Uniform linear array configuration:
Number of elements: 32
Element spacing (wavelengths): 1
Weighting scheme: binomial
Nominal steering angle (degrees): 0
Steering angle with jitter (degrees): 1.041
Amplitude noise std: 0.05
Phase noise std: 0.05

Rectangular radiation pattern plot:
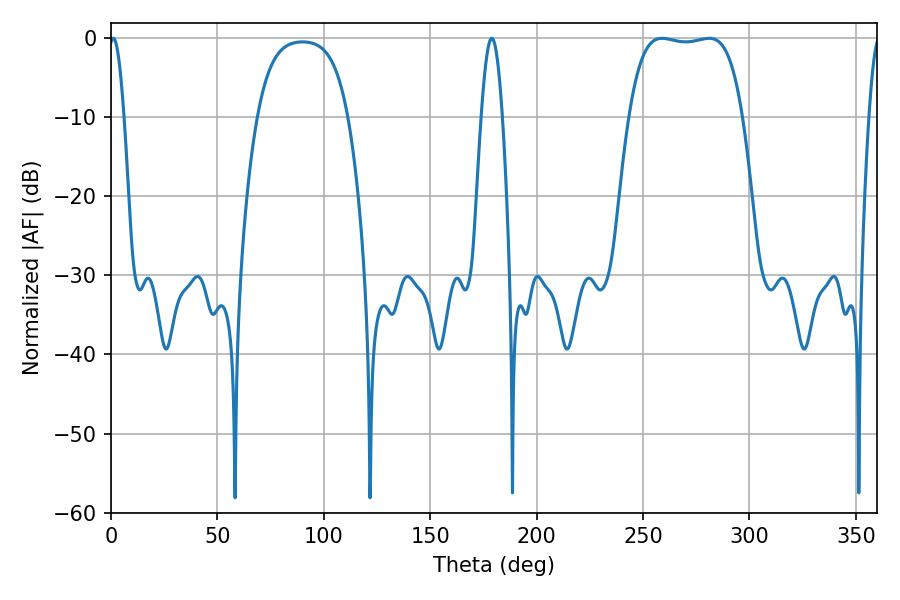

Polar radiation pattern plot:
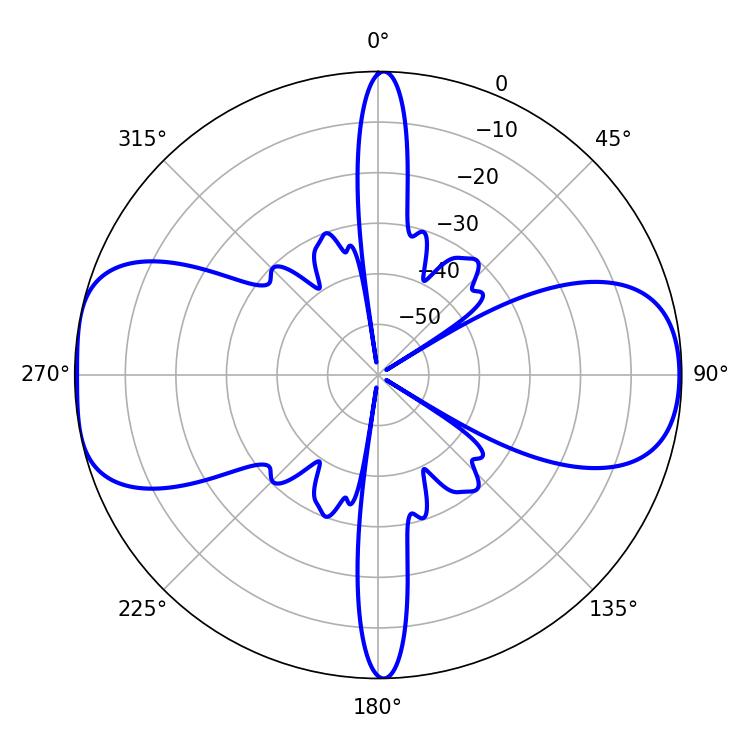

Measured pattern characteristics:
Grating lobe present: TRUE
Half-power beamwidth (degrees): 3.78
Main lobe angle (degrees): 1.08